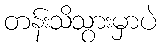
တန်းသိသွားမှာပဲ